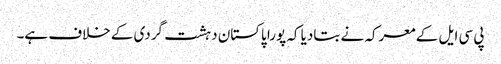
پی سی ایل کے معرکہ نے بتادیا کہ پورا پاکستان دہشت گردی کے خلاف ہے۔